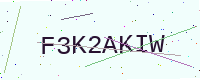
Text: F3K2AKIW